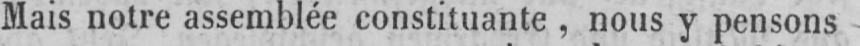
Mais notre assemblée constituante, nous y pensons